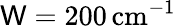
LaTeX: \mathsf{W}=200\, \mathrm{{cm}}^{-1}